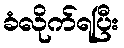
ခံလိုက်ရပြီး